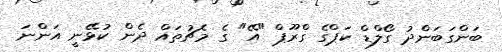
ބަންގަބަންދު ގޯލްޑް ކަޕްގެ ގްރޫޕް "އޭ" ގެ މެޗުތައް ދެން ކުޅޭނީ އަންނަ